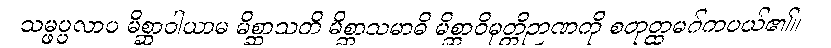
သမ္ဖပ္ပလာပ မိစ္ဆာဝါယာမ မိစ္ဆာသတိ မိစ္ဆာသမာဓိ မိစ္ဆာဝိမုတ္တိဉာဏကို စတုတ္ထမဂ်ကပယ်၏။